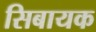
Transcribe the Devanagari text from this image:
सिबायक